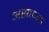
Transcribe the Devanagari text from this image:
असाध्या